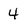
Character: 4